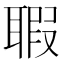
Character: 𦖲